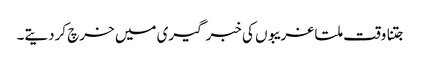
جتنا وقت ملتا غریبوں کی خبر گیری میں خرچ کردیتے۔